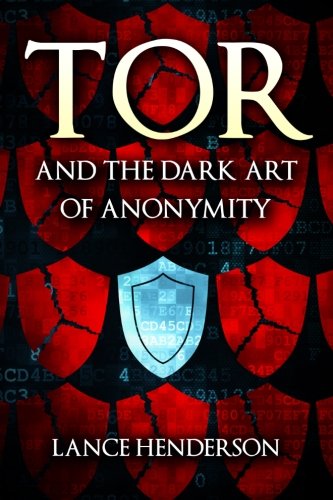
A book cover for Tor and the Dark Art of Anonymity: How to Be Invisible from NSA Spying; Lance Henderson; Computers & Technology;